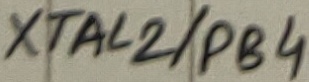
Text: XTAL2/PB4